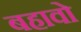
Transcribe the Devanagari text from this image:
बहावो